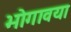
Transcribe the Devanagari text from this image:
भोगावया